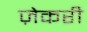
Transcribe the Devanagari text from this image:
ज़ेकरी